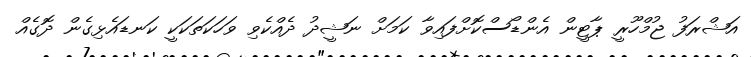
އަޝްރަފު ޖުމްހޫރީ ޕާޓީން އެންޑޯސްކޮށްފައިވާ ކަމަށް ނަޝީދު ދެއްކެވި ވަހަކަތަކަކީ ކަނޑައެޅިގެން ދޮގެއް